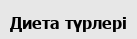
Диета түрлері